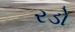
રડો